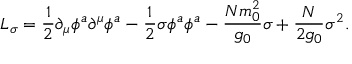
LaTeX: { \cal L } _ { \sigma } = { \frac { 1 } { 2 } } \partial _ { \mu } \phi ^ { a } \partial ^ { \mu } \phi ^ { a } - { \frac { 1 } { 2 } } \sigma \phi ^ { a } \phi ^ { a } - { \frac { N m _ { 0 } ^ { 2 } } { g _ { 0 } } } \sigma + { \frac { N } { 2 g _ { 0 } } } \sigma ^ { 2 } .